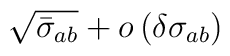
\sqrt{\bar{\sigma}_{ab}}+o\left( \delta \sigma _{ab}\right)